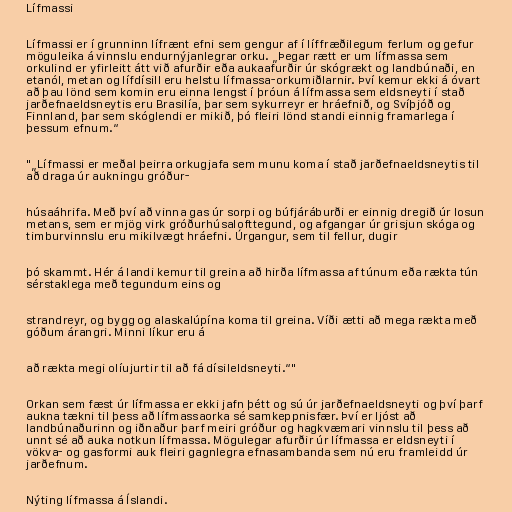
Lífmassi

Lífmassi er í grunninn lífrænt efni sem gengur af í líffræðilegum ferlum og gefur
möguleika á vinnslu endurnýjanlegrar orku. „Þegar rætt er um lífmassa sem
orkulind er yfirleitt átt við afurðir eða aukaafurðir úr skógrækt og landbúnaði, en
etanól, metan og lífdísill eru helstu lífmassa-orkumiðlarnir. Því kemur ekki á óvart
að þau lönd sem komin eru einna lengst í þróun á lífmassa sem eldsneyti í stað
jarðefnaeldsneytis eru Brasilía, þar sem sykurreyr er hráefnið, og Svíþjóð og
Finnland, þar sem skóglendi er mikið, þó fleiri lönd standi einnig framarlega í
þessum efnum.“

"„Lífmassi er meðal þeirra orkugjafa sem munu koma í stað jarðefnaeldsneytis til
að draga úr aukningu gróður-

húsaáhrifa. Með því að vinna gas úr sorpi og búfjáráburði er einnig dregið úr losun
metans, sem er mjög virk gróðurhúsalofttegund, og afgangar úr grisjun skóga og
timburvinnslu eru mikilvægt hráefni. Úrgangur, sem til fellur, dugir

þó skammt. Hér á landi kemur til greina að hirða lífmassa af túnum eða rækta tún
sérstaklega með tegundum eins og

strandreyr, og bygg og alaskalúpína koma til greina. Víði ætti að mega rækta með
góðum árangri. Minni líkur eru á

að rækta megi olíujurtir til að fá dísileldsneyti.“"

Orkan sem fæst úr lífmassa er ekki jafn þétt og sú úr jarðefnaeldsneyti og því þarf
aukna tækni til þess að lífmassaorka sé samkeppnisfær. Því er ljóst að
landbúnaðurinn og iðnaður þarf meiri gróður og hagkvæmari vinnslu til þess að
unnt sé að auka notkun lífmassa. Mögulegar afurðir úr lífmassa er eldsneyti í
vökva- og gasformi auk fleiri gagnlegra efnasambanda sem nú eru framleidd úr
jarðefnum.

Nýting lífmassa á Íslandi.